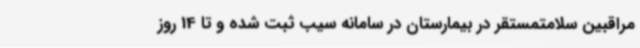
مراقبین سلامتمستقر در بیمارستان در سامانه سیب ثبت شده و تا 14 روز